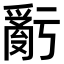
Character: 𤔧